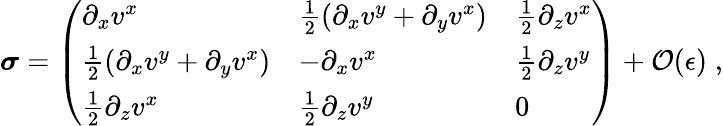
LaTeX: \boldsymbol{\sigma}=\left(\begin{array}{lll}{\partial_{x}{v^{x}}}&{\frac{1}{2}\left(\partial_{x}{v^{y}}+\partial_{y}{v^{x}}\right)}&{\frac{1}{2}\partial_{z}{v^{x}}}\\ {\frac{1}{2}\left(\partial_{x}{v^{y}}+\partial_{y}{v^{x}}\right)}&{-\partial_{x}{v^{x}}}&{\frac{1}{2}\partial_{z}{v^{y}}}\\ {\frac{1}{2}\partial_{z}{v^{x}}}&{\frac{1}{2}\partial_{z}{v^{y}}}&{0}\end{array}\right)+{\mathcal O}({\epsilon})\; ,